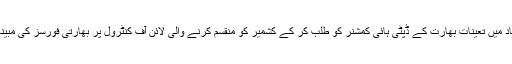
پاکستان کی وزارت خارجہ نے اسلام آباد میں تعینات بھارت کے ڈپٹی ہائی کمشنر کو طلب کر کے کشمیر کو منقسم کرنے والی لائن آف کنٹرول پر بھارتی فورسز کی مبینہ بلا اشتعال فائرنگ پر احتجاج کیا ہے۔